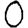
Digit: 0